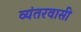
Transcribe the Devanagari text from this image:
व्यंतरवासी